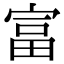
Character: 富